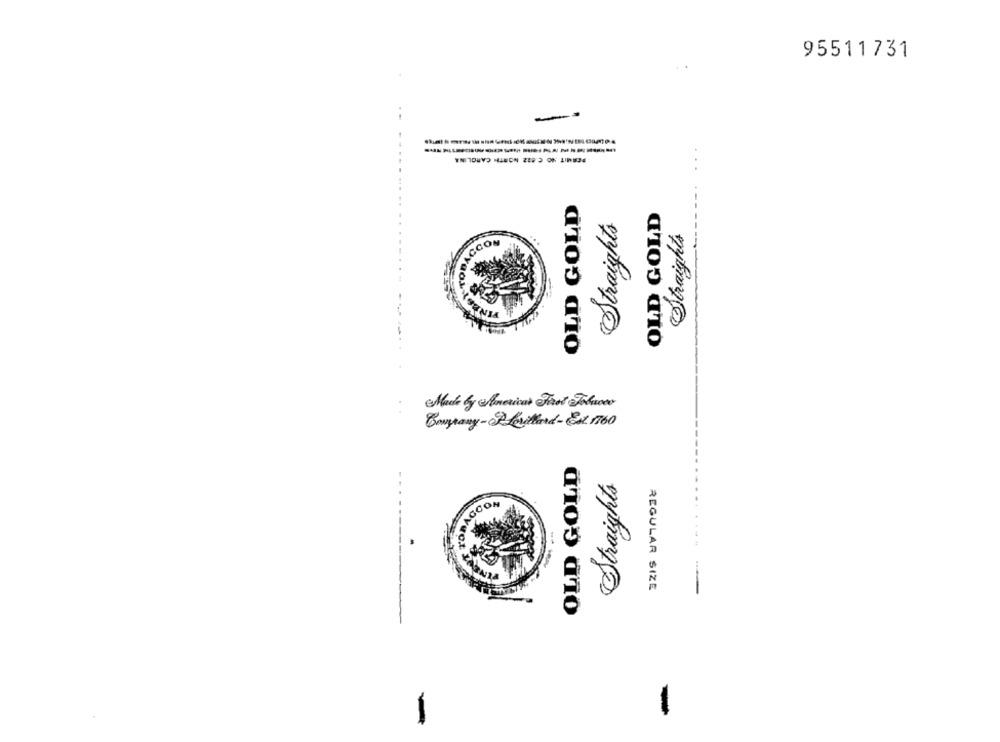
95511731
-
PERMIT NO C.812 NORTH CAROLINA
OLD GOLD
OLD GOLD
Straights
Straights
&CO
SONIA
Company-R Leithard- Est 1760
OLD GOLD
Straights
GCON
--
REGULAR SIZE